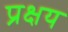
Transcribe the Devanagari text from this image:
प्रक्षय